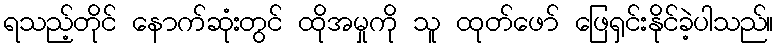
ရသည့်တိုင် နောက်ဆုံးတွင် ထိုအမှုကို သူ ထုတ်ဖော် ဖြေရှင်းနိုင်ခဲ့ပါသည်။